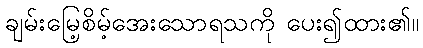
ချမ်းမြေ့စိမ့်အေးသောရသကို ပေး၍ထား၏။